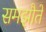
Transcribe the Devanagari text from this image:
समझौतें